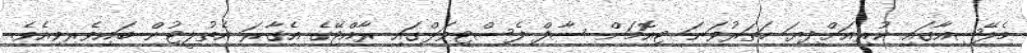
މެލޭޝިއާގައި ކުރިއަށްދިޔަ ހަތަރުވަނަ ޓިއޮމަން ސާފް ފެސްޓިވަލްގައި ރާއްޖޭގެ އެގާރަ އެތުލީޓުން ބައިވެރިވިއެވެ.